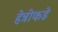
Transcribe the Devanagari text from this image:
हेन्रीकडे